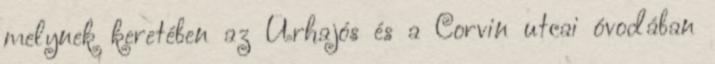
melynek keretében az Űrhajós és a Corvin utcai óvodában